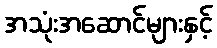
အသုံးအဆောင်များနှင့်